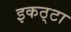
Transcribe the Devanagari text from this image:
इकठ्‌टा